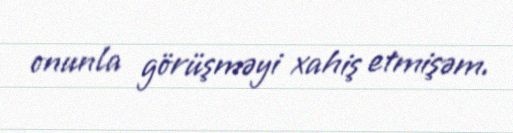
onunla görüşməyi xahiş etmişəm.